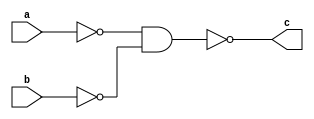
module OrGate(a,b,c) ;  // 3 

output c ;
input a,b ;
wire x,y ;

nand(x,a,a) ;
nand(y,b,b) ;
nand(c,x,y) ;

endmodule 

module OrGate16(a,b,c) ;  // 9

output [0:15] c ;
input [0:15] a,b ;

OrGate OG_1[0:15](a,b,c) ;

endmodule